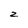
Character: z